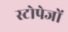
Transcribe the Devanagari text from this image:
स्टोपेजों